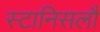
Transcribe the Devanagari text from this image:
स्टानिसलौ